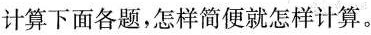
计算下面各题，怎样简便就怎样计算。